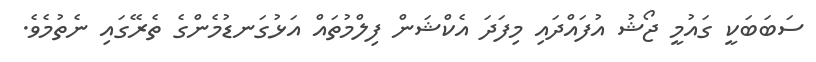
ސަބަބަކީ ގައުމީ ޖޯޝު އުފައްދައި މިފަދަ އެކްޝަން ފިލްމުތައް އަޅުގަނޑުމެންގެ ތެރޭގައި ނެތުމެވެ.